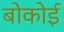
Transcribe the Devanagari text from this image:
बोकोई